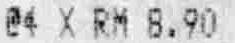
@4 X RM 8.90